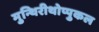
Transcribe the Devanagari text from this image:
मुन्थिरीथोप्पुकल